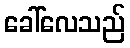
ခေါ်လေသည်